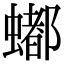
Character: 𬠩